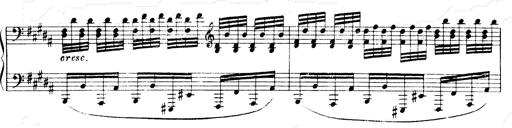
Title: Andante Finale und Marsch aus der Oper KÃ¶nig Alfred
Composer: Franz Liszt